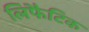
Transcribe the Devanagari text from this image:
लिंफैटिक